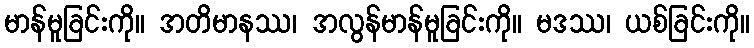
မာန်မူခြင်းကို။ အတိမာနဿ၊ အလွန်မာန်မူခြင်းကို။ မဒဿ၊ ယစ်ခြင်းကို။